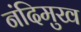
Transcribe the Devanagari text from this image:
नंदिमुख